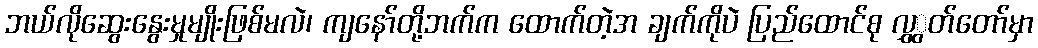
ဘယ်လိုဆွေးနွေးမှုမျိုးဖြစ်မလဲ၊ ကျနော်တို့ဘက်က ထောက်တဲ့အ ချက်ကိုပဲ ပြည်ထောင်စု လွှွှတ်တော်မှာ